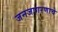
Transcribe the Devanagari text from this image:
जनजागरणाचे